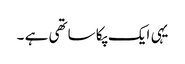
یہی ایک پکا ساتھی ہے ۔